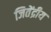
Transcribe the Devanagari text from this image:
जितेंद्रीय